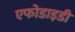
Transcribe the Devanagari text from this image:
एफोडाइडी